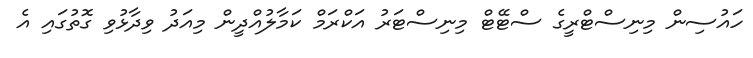
ހައުސިން މިނިސްޓްރީގެ ސްޓޭޓް މިނިސްޓަރު އަކްރަމް ކަމާލުއްދީން މިއަދު ވިދާޅުވި ގޮތުގައި އެ